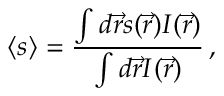
\langle s \rangle = \frac { \int d \vec { r } s ( \vec { r } ) I ( \vec { r } ) } { \int d \vec { r } I ( \vec { r } ) } \, ,